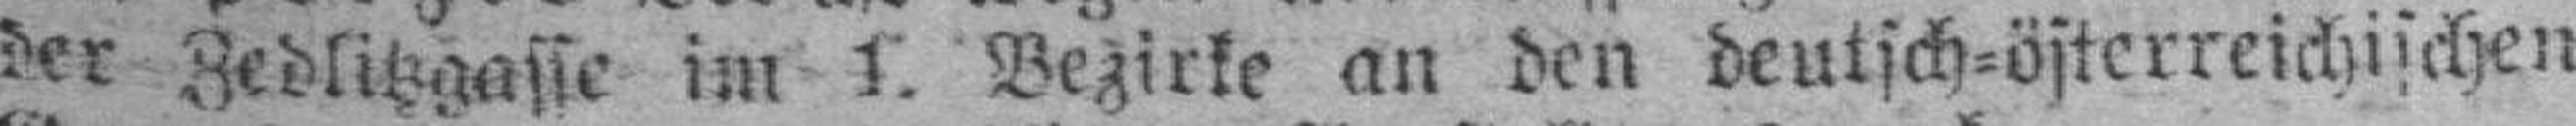
der Zedlitzgasse im 1. Bezirke an den deutsch=österreichischen